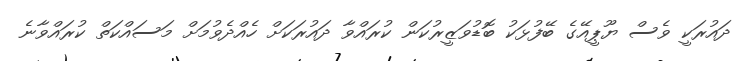
ދައުރަކީ ވެސް ޔޫޕީއޭގެ ބޭފުޅަކު ބޮޑުވަޒީރުކަން ކުރައްވާ ދައުރަކަށް ހެއްދެވުމަށް މަސައްކަތް ކުރައްވާނެ